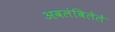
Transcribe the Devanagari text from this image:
अवलंबिलेले